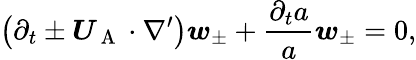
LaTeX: \left(\partial_{t}\pm\boldsymbol{U}_{\mathrm{~A~}}\cdot\nabla^{\prime}\right)\boldsymbol{w}_{\pm}+\frac{\partial_{t}a}{a}\boldsymbol{w}_{\pm}=0,